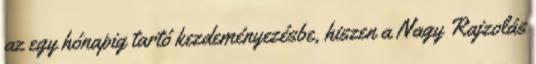
az egy hónapig tartó kezdeményezésbe, hiszen a Nagy Rajzolás